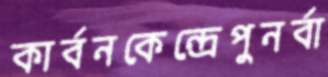
কার্বনকেন্দ্রেপুনর্বা